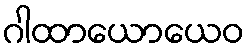
ဂါထာယောယေဝ